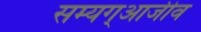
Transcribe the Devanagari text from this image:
सम्यग्आजीव